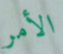
الأمر